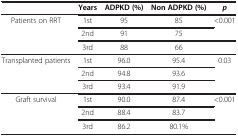
<table><thead><tr><td><b> </b></td><td><b>Years</b></td><td><b>ADPKD (%)</b></td><td><b>Non ADPKD (%)</b></td><td><b><i>p</i></b></td></tr></thead><tbody><tr><td rowspan="3">Patients on RRT</td><td>1st</td><td>95</td><td>85</td><td rowspan="2">&lt;0.001</td></tr><tr><td>2nd</td><td>91</td><td>75</td></tr><tr><td>3rd</td><td>88</td><td>66</td><td> </td></tr><tr><td rowspan="3">Transplanted patients</td><td>1st</td><td>96.0</td><td>95.4</td><td rowspan="3">0.03</td></tr><tr><td>2nd</td><td>94.8</td><td>93.6</td></tr><tr><td>3rd</td><td>93.4</td><td>91.9</td></tr><tr><td rowspan="3">Graft survival</td><td>1st</td><td>90.0</td><td>87.4</td><td rowspan="3">&lt;0.001</td></tr><tr><td>2nd</td><td>88.4</td><td>83.7</td></tr><tr><td>3rd</td><td>86.2</td><td>80.1%</td></tr></tbody></table>